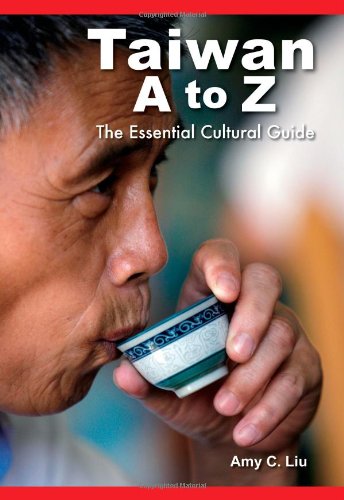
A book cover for Taiwan A to Z: The Essential Cultural Guide; Amy C. Liu; Travel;